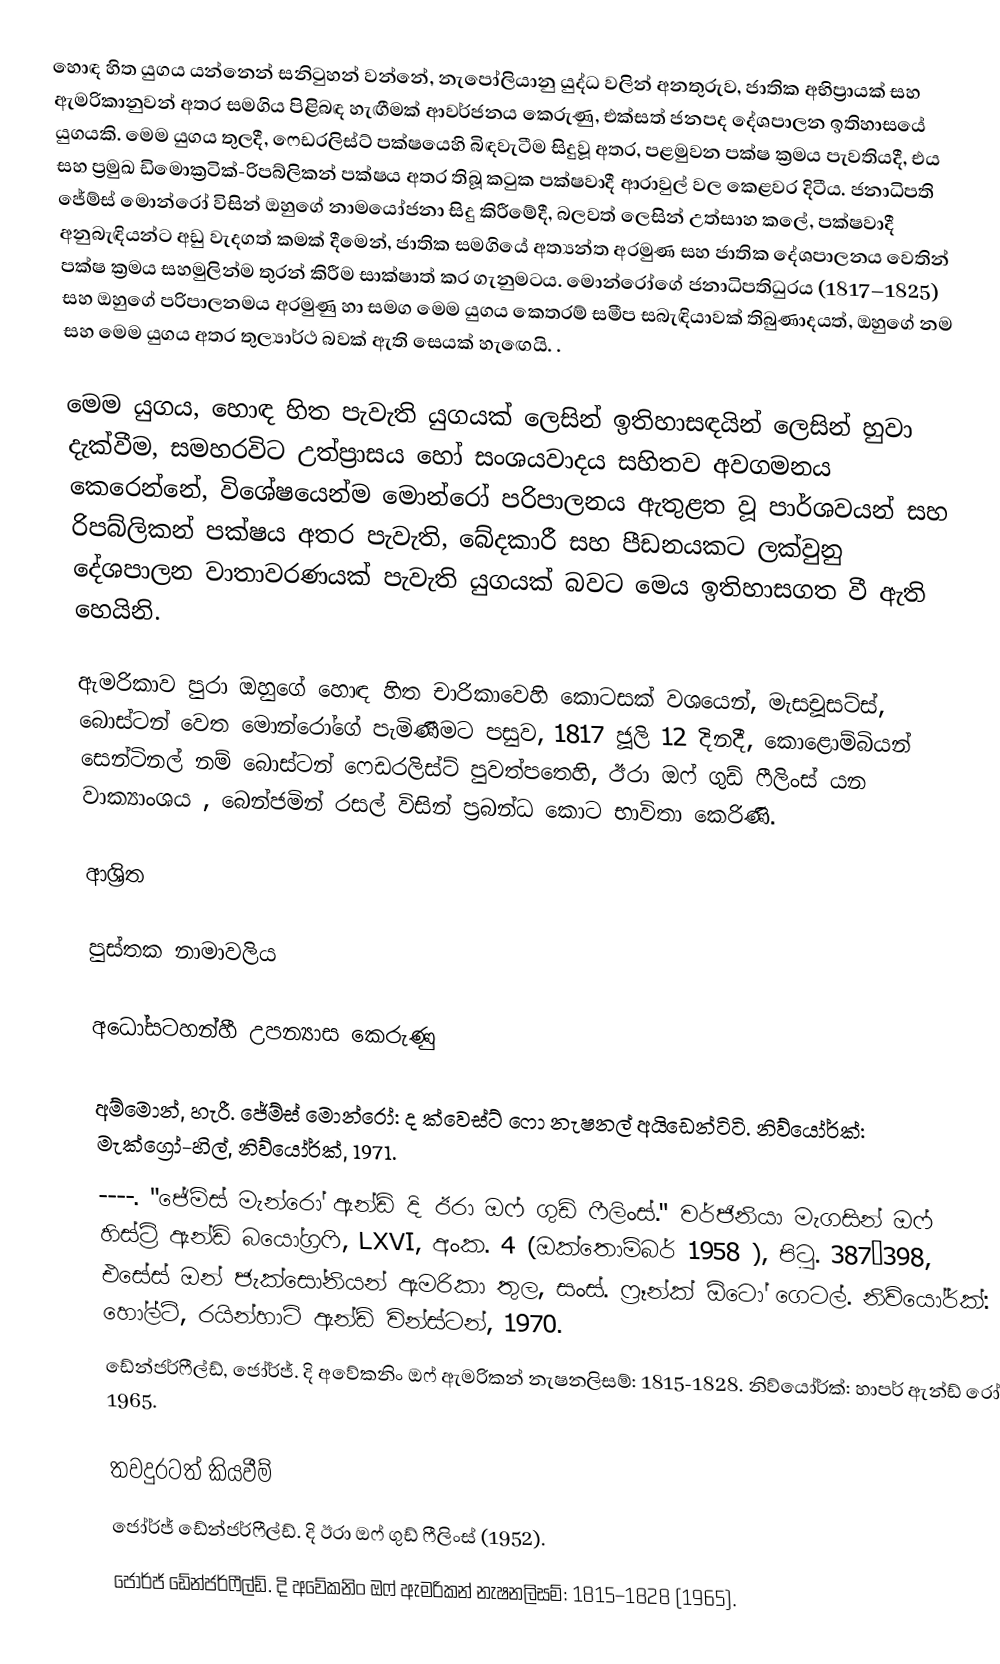
හොඳ හිත යුගය යන්නෙන් සනිටුහන් වන්නේ,  නැපෝලියානු  යුද්ධ වලින් අනතුරුව, ජාතික අභිප්‍රායක් සහ ඇමරිකානුවන් අතර සමගිය පිළිබඳ හැඟීමක් ආවර්ජනය කෙරුණු, එක්සත් ජනපද දේශපාලන ඉතිහාසයේ යුගයකි.  මෙම යුගය තුලදී,   ෆෙඩරලිස්ට් පක්ෂයෙහි බිඳවැටීම සිදුවූ අතර, පළමුවන පක්ෂ  ක්‍රමය පැවතියදී, එය සහ ප්‍රමුඛ  ඩිමොක්‍රටික්-රිපබ්ලිකන් පක්ෂය අතර තිබූ කටුක පක්ෂවාදී ආරාවුල් වල කෙළවර දිටීය.  ජනාධිපති ජේම්ස් මොන්රෝ විසින් ඔහුගේ නාමයෝජනා සිදු කිරීමේදී, බලවත් ලෙසින් උත්සාහ කලේ, පක්ෂවාදී අනුබැඳියන්ට අඩු වැදගත් කමක් දීමෙන්, ජාතික සමගියේ අත්‍යන්ත අරමුණ සහ ජාතික දේශපාලනය වෙතින් පක්ෂ ක්‍රමය සහමුලින්ම තුරන් කිරීම සාක්ෂාත් කර ගැනුමටය.  මොන්රෝගේ ජනාධිපතිධුරය (1817–1825) සහ ඔහුගේ පරිපාලනමය අරමුණු හා සමග මෙම යුගය කෙතරම් සමීප සබැඳියාවක් තිබුණාදයත්, ඔහුගේ නම සහ මෙම යුගය අතර තුල්‍යාර්ථ බවක් ඇති සෙයක් හැඟෙයි. .

මෙම යුගය, හොඳ හිත පැවැති යුගයක් ලෙසින් ඉතිහාසඳයින් ලෙසින් හුවා දැක්වීම,  සමහරවිට උත්ප්‍රාසය හෝ සංශයවාදය සහිතව අවගමනය කෙරෙන්නේ,  විශේෂයෙන්ම මොන්රෝ පරිපාලනය ඇතුළත වූ පාර්ශවයන් සහ රිපබ්ලිකන් පක්ෂය අතර පැවැති, බේදකාරී සහ පීඩනයකට ලක්වුනු දේශපාලන වාතාවරණයක් පැවැති යුගයක් බවට මෙය ඉතිහාසගත වී ඇති හෙයිනි.

ඇමරිකාව පුරා ඔහුගේ හොඳ හිත චාරිකාවෙහි කොටසක් වශයෙන්, මැසචූසට්ස්, බොස්ටන් වෙත මොන්රෝගේ පැමිණීමට පසුව,  1817 ජූලි 12 දිනදී,   කොළොම්බියන් සෙන්ටිනල් නම් බොස්ටන් ෆෙඩරලිස්ට් පුවත්පතෙහි, ඊරා ඔෆ් ගුඩ් ෆීලිංස් යන වාක්‍යාංශය , බෙන්ජමින් රසල් විසින් ප්‍රබන්ධ කොට භාවිතා කෙරිණි.

ආශ්‍රිත

පුස්තක නාමාවලිය

අධෝසටහන්හී උපන්‍යාස කෙරුණු

 අම්මොන්, හැරී. ජේම්ස් මොන්රෝ: ද ක්වෙස්ට් ෆො නැෂනල් අයිඩෙන්ටිටි. නිව්යෝර්ක්: මැක්ග්‍රෝ-හිල්, නිව්යෝර්ක්, 1971.
 ----. "ජේම්ස් මැන්රෝ ඇන්ඩ් දි ඊරා ඔෆ් ගුඩ් ෆීලිංස්." වර්ජිනියා මැගසින් ඔෆ් හිස්ට්‍රි ඇන්ඩ් බයෝග්‍රෆි, LXVI, අංක. 4 (ඔක්තොම්බර් 1958 ), පිටු. 387–398, එසේස් ඔන් ජැක්සෝනියන් ඇමරිකා තුල, සංස්. ෆ්‍රෑන්ක් ඕටෝ ගෙටල්. නිව්යෝර්ක්: හෝල්ට්, රයින්හාට් ඇන්ඩ් වින්ස්ටන්, 1970.
 ඩේන්ජර්ෆීල්ඩ්, ජෝර්ජ්. දි අවේකනිං ඔෆ් ඇමරිකන් නැෂනලිසම්: 1815-1828. නිව්යෝර්ක්: හාපර් ඇන්ඩ් රෝ, 1965.

තවදුරටත් කියවීම්
 ජෝර්ජ් ඩේන්ජර්ෆීල්ඩ්. දි ඊරා ඔෆ් ගුඩ් ෆීලිංස් (1952).
 ජෝර්ජ් ඩේන්ජර්ෆීල්ඩ්.  දි අවේකනිං ඔෆ් ඇමරිකන් නැෂනලිසම්: 1815–1828 (1965).